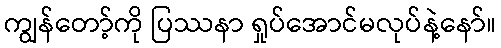
ကျွန်တော့်ကို ပြဿနာ ရှုပ်အောင်မလုပ်နဲ့နော်။